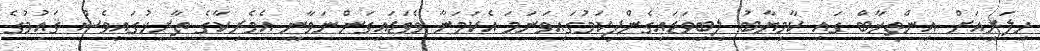
ހިލަރީއަށް އިންތިޚާބް ގައި ކާމިޔާބު ލިބިވަޑައިގެންފިކަމުގައިވަނަމަ އެކަމަނާ ވެވަޑައިގަންނަވާނީ އެމެރިކާގެ ތާރީޚުގައިވެސް ޤައުމުގެ